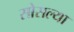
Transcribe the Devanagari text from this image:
सोसल्या